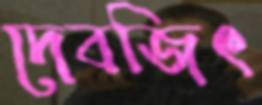
দেবজিৎ